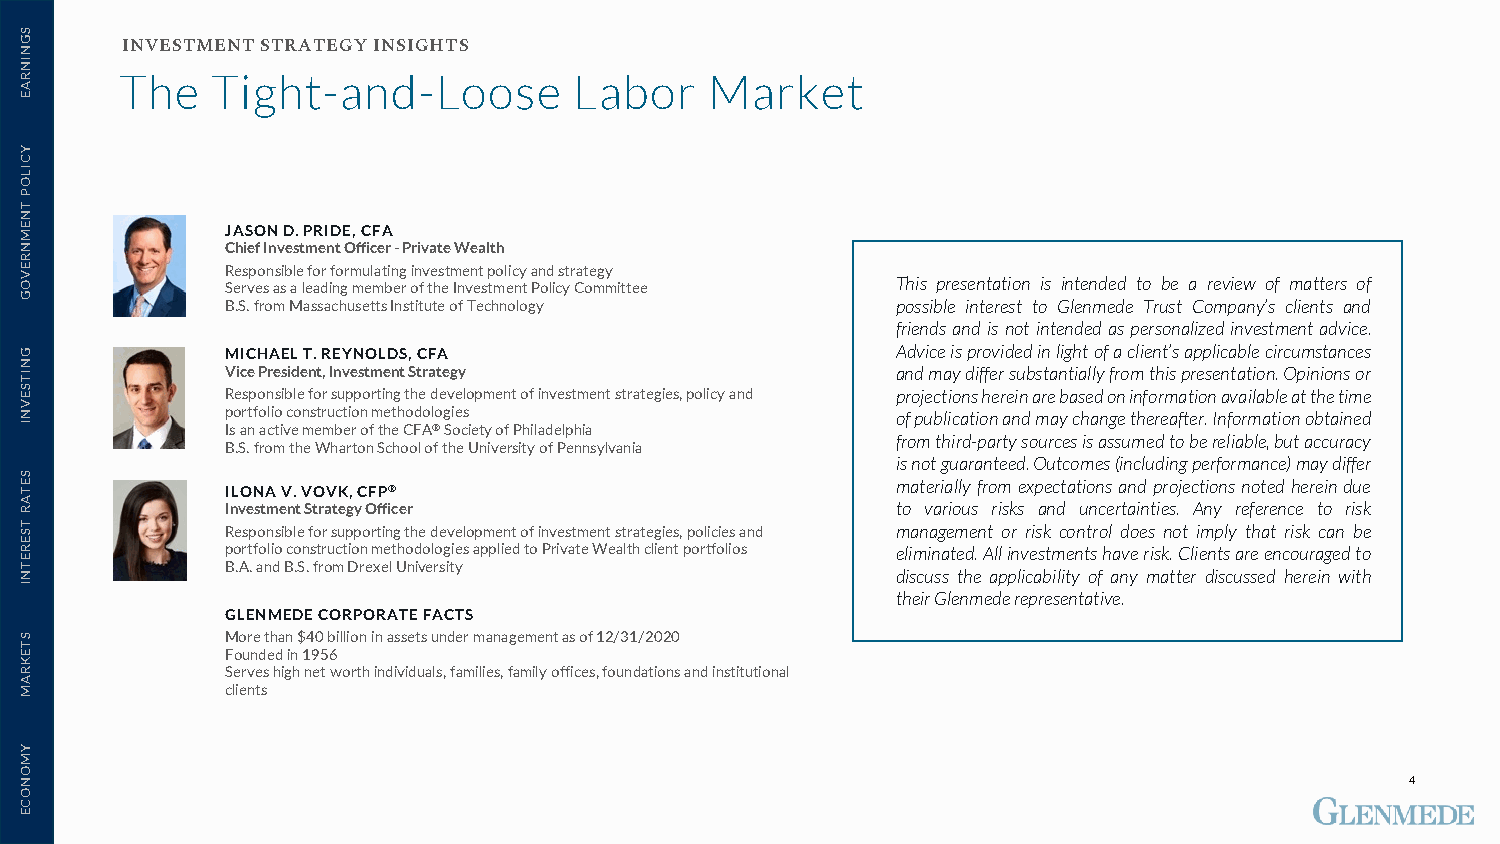
INVESTMENT STRATEGY INSIGHTS
 The   Tight-and-Loose         Labor    Market
 JASON D. PRIDE, CFA
 Chief Investment Officer -Private Wealth
 Responsible for formulating investment policy and strategy
 Serves as a leading member of the Investment Policy Committee This presentation is intended to be a review of matters of
 B.S. from Massachusetts Institute of Technology possible interest to Glenmede Trust Company’s clients and
 friendsandis not intendedas personalizedinvestmentadvice.
 MICHAEL T. REYNOLDS, CFA                    Adviceisprovidedinlightofaclient’sapplicablecircumstances
 Vice President, Investment Strategy         andmaydiffersubstantiallyfromthispresentation.Opinionsor
 Responsible for supporting the development of investment strategies, policy and projectionshereinarebasedoninformationavailableatthetime
 portfolio construction methodologies        ofpublicationandmaychangethereafter.Informationobtained
 Is an active member of the CFA®Society of Philadelphia
 fromthird-partysourcesisassumedtobereliable,butaccuracy
 B.S. from the Wharton School of the University of Pennsylvania
 isnotguaranteed.Outcomes(includingperformance)maydiffer
 ILONA V. VOVK, CFP®                         materiallyfromexpectationsandprojections notedhereindue
 Investment Strategy Officer                 to various risks and uncertainties. Any reference to risk
 Responsible for supporting the development of investment strategies, policies and management or risk control does not imply that risk can be
 portfolio construction methodologies applied to Private Wealth client portfolios eliminated.Allinvestmentshaverisk.Clientsareencouragedto
 B.A. and B.S. from Drexel University
 discuss the applicability of any matter discussed herein with
 theirGlenmederepresentative.
 GLENMEDE CORPORATE FACTS
 More than $40 billion in assets under management as of 12/31/2020
 Founded in 1956
 Serves high net worth individuals, families, family offices, foundations and institutional
 clients
 4
 SGNINRAE
 YCILOP
 TNEMNREVOG
 GNITSEVNI
 SETAR
 TSERETNI
 STEKRAM
 YMONOCE